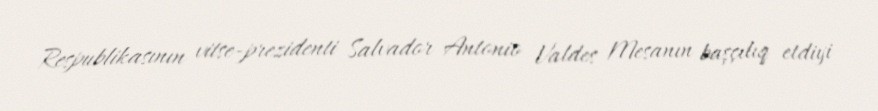
Respublikasının vitse-prezidenti Salvador Antonio Valdes Mesanın başçılıq etdiyi